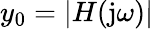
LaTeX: y_{0}=|H(\mathrm{j}\omega)|